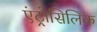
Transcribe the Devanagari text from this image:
एंट्रोसिलिक